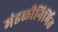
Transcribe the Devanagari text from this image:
मंडळीनिर्मित